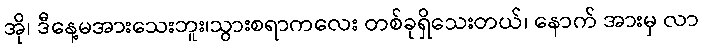
အို၊ ဒီနေ့မအားသေးဘူး၊သွားစရာကလေး တစ်ခုရှိသေးတယ်၊ နောက် အားမှ လာ